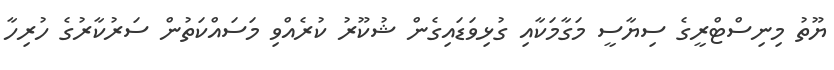
ޔޫތު މިނިސްޓްރީގެ ސިޔާސީ މަގާމަކާއި ގުޅިވަޑައިގެން ޝުކޫރު ކުރެއްވި މަސައްކަތުން ސަރުކާރުގެ ހުރިހާ